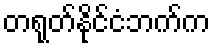
တရုတ်နိုင်ငံဘက်က